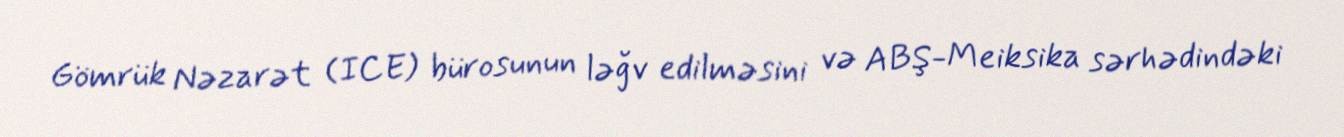
Gömrük Nəzarət (ICE) bürosunun ləğv edilməsini və ABŞ-Meiksika sərhədindəki